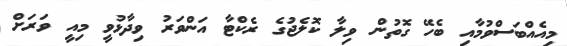
މިއެއްބަސްވުމާއި ބެހޭ ގޮތުން ވިލާ ކޮލެޖުގެ ރެކްޓާ އަންވަރު ވިދާޅުވީ މިއީ ވަރަށް